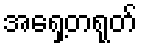
အရှေ့တရုတ်